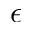
\epsilon